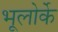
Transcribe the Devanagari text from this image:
भूलोर्के